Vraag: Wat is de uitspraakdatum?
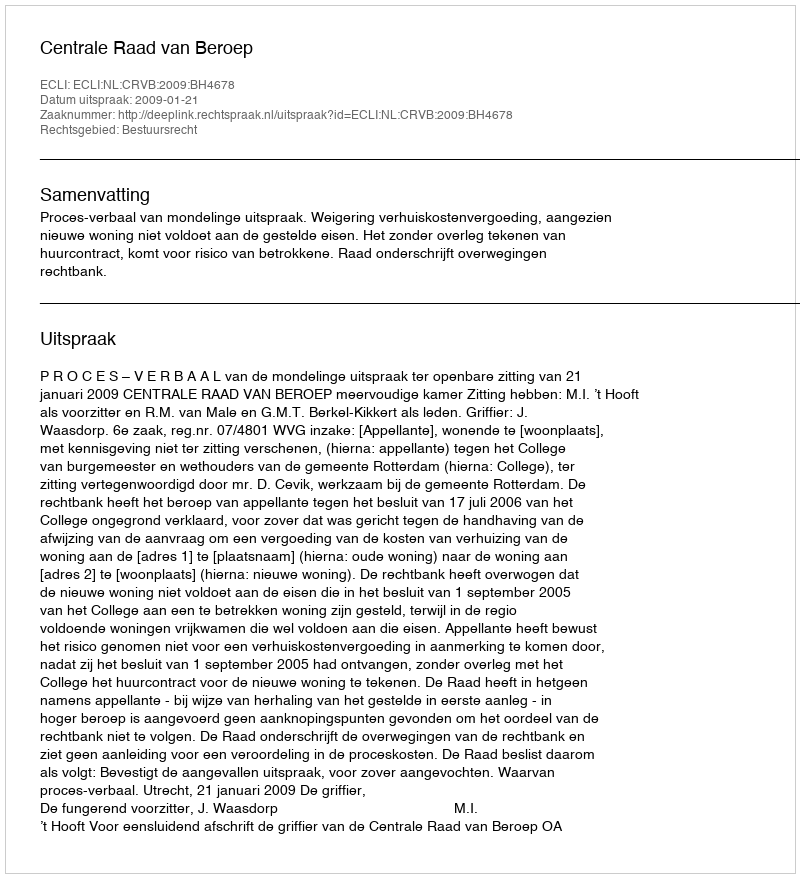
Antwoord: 2009-01-21